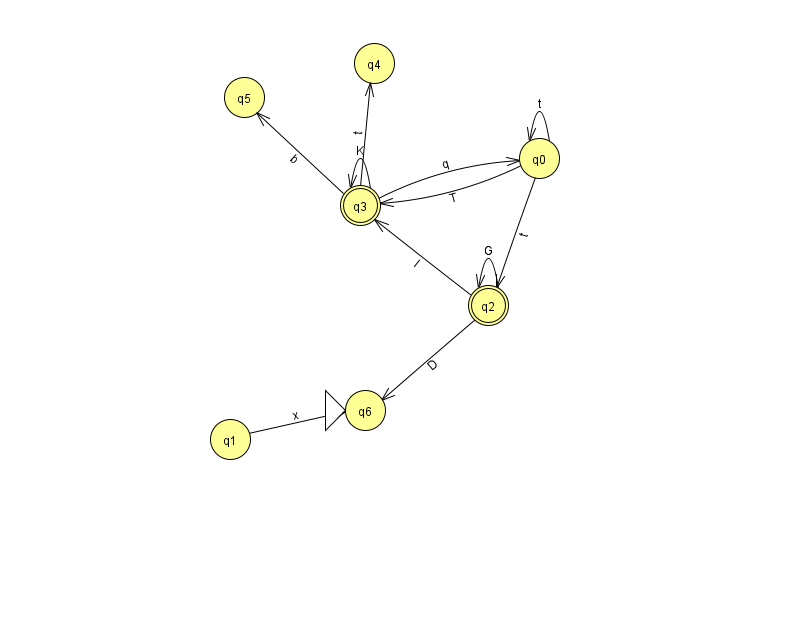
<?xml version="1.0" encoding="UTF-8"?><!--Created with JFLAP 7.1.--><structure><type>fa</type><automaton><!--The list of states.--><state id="0" name="q0"><x>539.0</x><y>145.0</y></state><state id="1" name="q1"><x>230.0</x><y>426.0</y></state><state id="2" name="q2"><x>488.0</x><y>292.0</y><final/></state><state id="3" name="q3"><x>360.0</x><y>192.0</y><final/></state><state id="4" name="q4"><x>374.0</x><y>50.0</y></state><state id="5" name="q5"><x>244.0</x><y>84.0</y></state><state id="6" name="q6"><x>365.0</x><y>397.0</y><initial/></state><!--The list of transitions.--><transition><from>2</from><to>3</to><read>l</read></transition><transition><from>3</from><to>5</to><read>b</read></transition><transition><from>0</from><to>3</to><read>T</read></transition><transition><from>0</from><to>0</to><read>t</read></transition><transition><from>1</from><to>6</to><read>x</read></transition><transition><from>2</from><to>6</to><read>D</read></transition><transition><from>2</from><to>2</to><read>G</read></transition><transition><from>3</from><to>0</to><read>q</read></transition><transition><from>3</from><to>3</to><read>K</read></transition><transition><from>3</from><to>4</to><read>t</read></transition><transition><from>0</from><to>2</to><read>t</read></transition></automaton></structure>